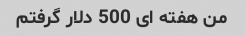
من هفته ای 500 دلار گرفتم